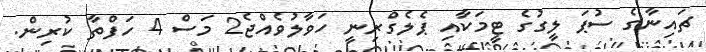
ޗައިނާގެ ސުޕަ ލީގުގެ ޓީމަކާއި ޕެލެގްރިނީ ހަވާލުވެއްޖެ2 މަސް 4 ހަފްތާ ކުރިން.